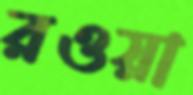
রওয়া